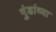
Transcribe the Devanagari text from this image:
गुंडांव्या